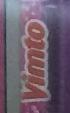
vimto